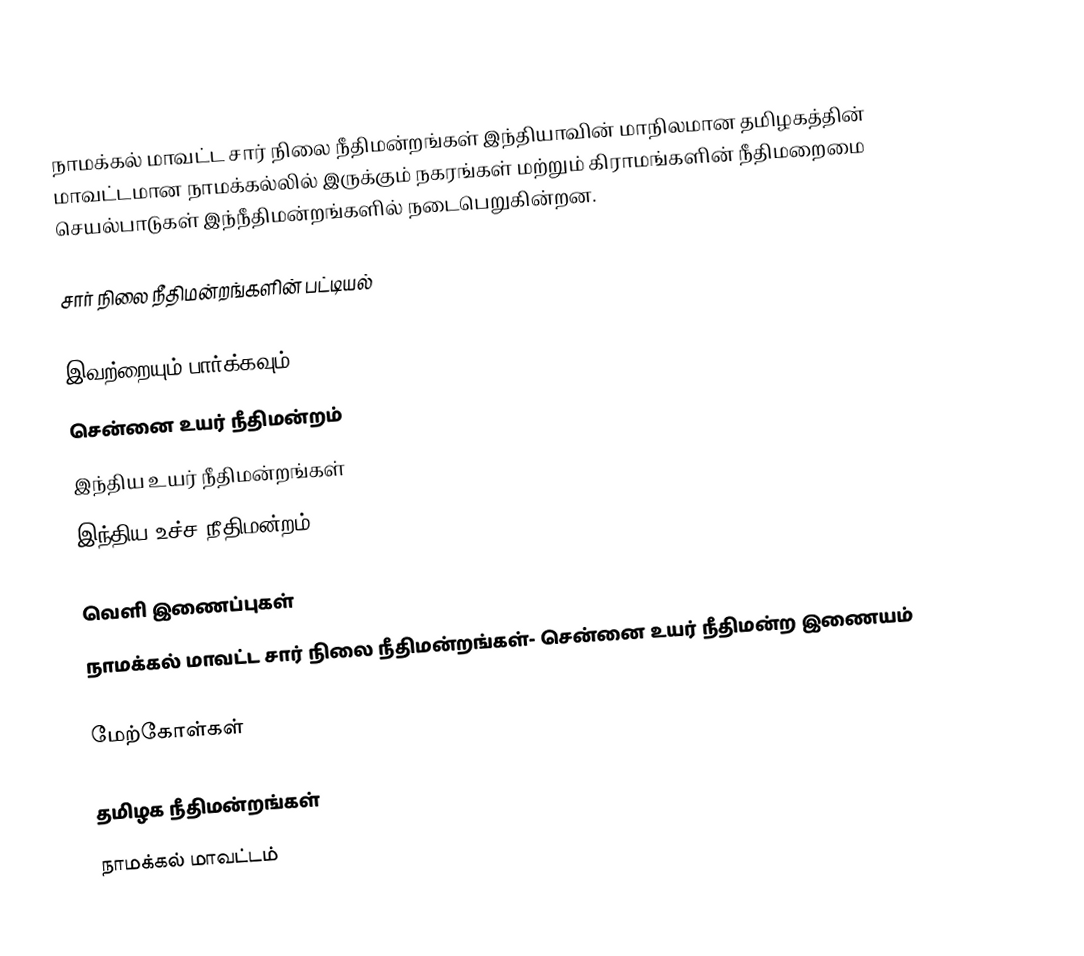
நாமக்கல் மாவட்ட சார் நிலை நீதிமன்றங்கள் இந்தியாவின் மாநிலமான தமிழகத்தின் மாவட்டமான நாமக்கல்லில் இருக்கும் நகரங்கள் மற்றும் கிராமங்களின் நீதிமறைமை செயல்பாடுகள் இந்நீதிமன்றங்களில் நடைபெறுகின்றன.

சார் நிலை நீதிமன்றங்களின் பட்டியல்

இவற்றையும் பார்க்கவும்
சென்னை உயர் நீதிமன்றம்
இந்திய உயர் நீதிமன்றங்கள்
இந்திய உச்ச நீதிமன்றம்

வெளி இணைப்புகள்
நாமக்கல் மாவட்ட சார் நிலை நீதிமன்றங்கள்- சென்னை உயர் நீதிமன்ற இணையம்

மேற்கோள்கள்

தமிழக நீதிமன்றங்கள்
நாமக்கல் மாவட்டம்